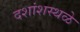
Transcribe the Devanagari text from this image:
दशांशस्थळे